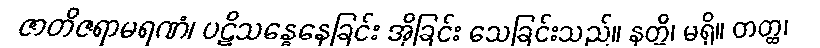
ဇာတိဇရာမရဏံ၊ ပဋိသန္ဓေနေခြင်း အိုခြင်း သေခြင်းသည်။ နတ္ထိ၊ မရှိ။ တတ္ထ၊